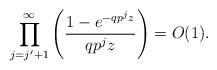
LaTeX: \begin{align*}\prod_{j=j'+1}^{\infty} \left( \frac{1 - e^{-qp^jz}}{qp^jz} \right) = O(1).\end{align*}